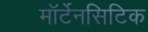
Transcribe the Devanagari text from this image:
मॉर्टेनसिटिक